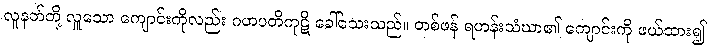
လူနတ်တို့ လှူသော ကျောင်းကိုလည်း ဂဟပတိကုဋိ ခေါ်သေးသည်။ တစ်ဖန် ရဟန်းသံဃာ၏ ကျောင်းကို ဖယ်ထား၍